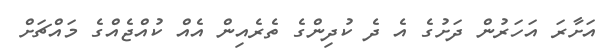
އަށާރަ އަހަރުން ދަށުގެ އެ ދެ ކުދިންގެ ތެރެއިން އެއް ކުއްޖެއްގެ މައްޗަށް